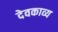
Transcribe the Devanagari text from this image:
देवकाव्य